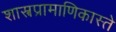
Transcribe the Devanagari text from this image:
शास्त्रप्रामाणिकास्ते